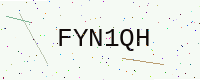
Text: FYN1QH